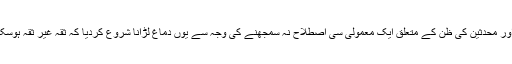
فقہاء اور محدثین کی ظن کے متعلق ایک معمولی سی اصطلاح نہ سمجھنے کی وجہ سے یوں دماغ لڑانا شروع کردیا کہ ثقہ غیر ثقہ ہوسکتا ہے۔